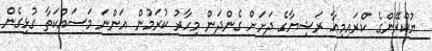
ޔުކްރޭންގެ ކްރައިމިއާ ރަޝިޔާގެ ދަށަށް ގެންދަން މިހާރު ކުރަމުން އަންނަ މަސައްކަތާ ގުޅިގެން